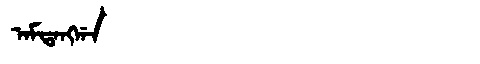
Manchu: ᠠᠮᡨᠠᠩᡤᠠ
Romanization: AMTANGGA